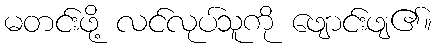
မတင်းဖို့ လင်လုပ်သူကို ဖျောင်းဖျ၏။